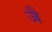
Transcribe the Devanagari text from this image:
जैं